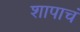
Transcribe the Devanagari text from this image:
शापाचं